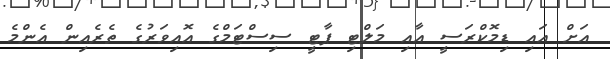
އަށް އައި ޑިމޮކްރަސީ އާއި މަލްޓި ޕާޓީ ސިސްޓަމްގެ އޮއިވަރުގެ ތެރެއިން އެންމެ